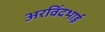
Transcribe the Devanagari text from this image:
अरविंदभाई